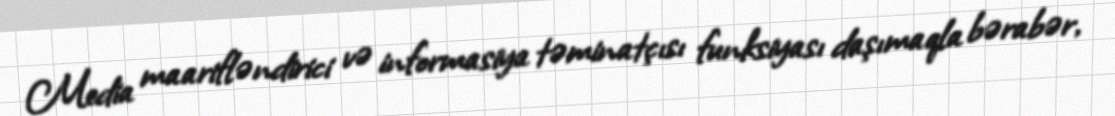
Media maarifləndirici və informasiya təminatçısı funksiyası daşımaqla bərabər,